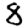
Digit: 8